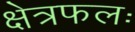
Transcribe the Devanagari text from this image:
क्षेत्रफलः